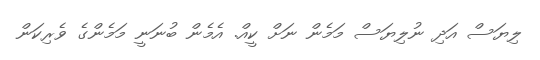
ލިޔަސް އަދި ނުލިޔަސް މަމެން ނަށް ކީއް. އެމެން ބުނަނީ މަމެންގެ ވެރިކަން